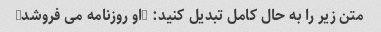
متن زیر را به حال کامل تبدیل کنید: "او روزنامه می فروشد"